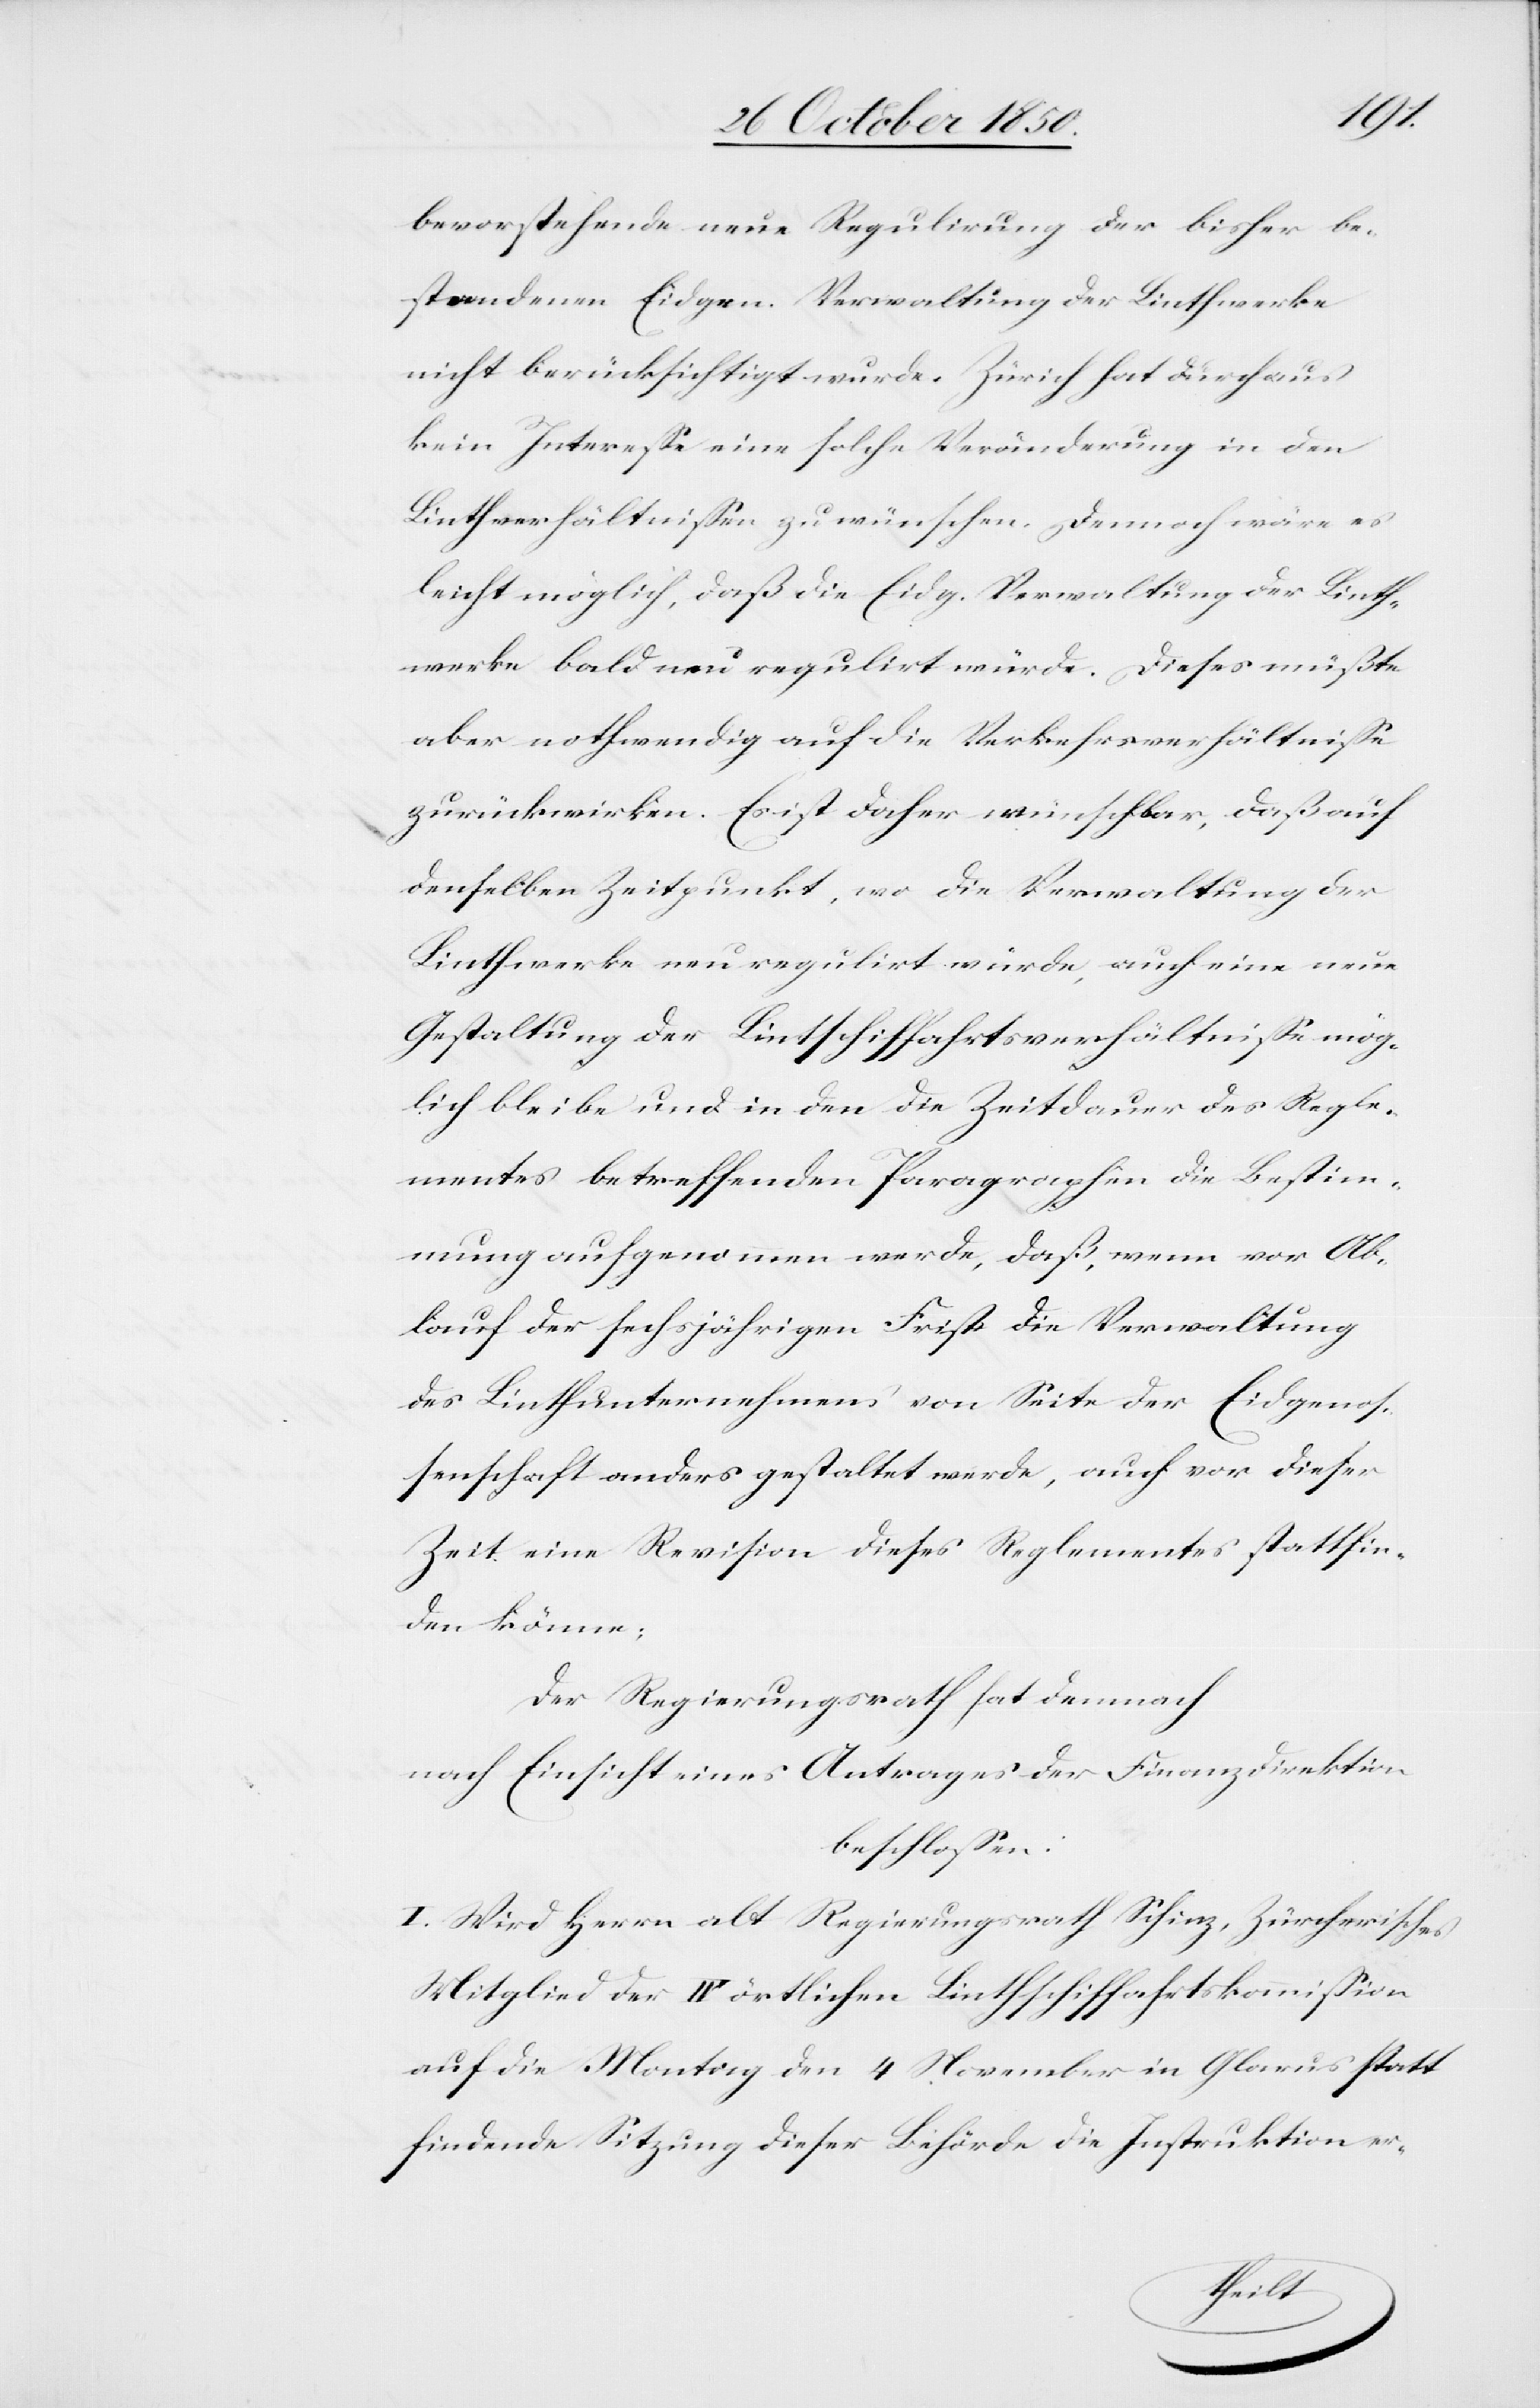
bevorstehende neue Regulirung der bisher be¬
standenen Eidgen. Verwaltung der Linthwerke
nicht berücksichtigt wurde. Zürich hat dürchaus
kein Interesse eine solche Veränderung in den
Linthverhältnissen zu wünschen. Dennoch wäre es
leicht möglich, daß die Eidg. Verwaltung der Linth¬
werke bald neu regulirt würde. Dieses müßte
aber nothwendig auf die Verkehrsverhältnisse
zurückwirken. Es ist daher wünschbar, daß auf
denselben Zeitpunkt, wo die Verwaltung der
Linthwerke neu regulirt würde, auch eine neue
Gestaltung der Linthschiffahrtsverhältnisse mög¬
lich bleibe und in den die Zeitdauer des Regle¬
mentes betreffenden Paragraphen die Bestim¬
mung aufgenommen werde, daß, wenn vor Ab¬
lauf der sechsjährigen Frist die Verwaltung
des Linthunternehmens von Seite der Eidgenos¬
senschaft anders gestaltet werde, auch vor dieser
Zeit eine Revision dieses Reglementes stattfin¬
den könne;
Der Regierungsrath hat demnach
nach Einsicht eines Antrages der Finanzdirektion
beschlossen:
I. Wird Herrn alt Regierungsrath Schinz, Zürcherisches
Mitglied der IV örtlichen Linthschiffahrtskommission
auf die Montag den 4 November in Glarus statt
findende Sitzung dieser Behörde die Instruktion er-